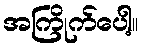
အကြိုက်ပေါ့။